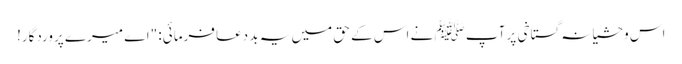
اس وحشیانہ گستاخی پر آپ ﷺ نے اس کے حق میں یہ بد دعا فرمائی: "اے میرے پروردگار!